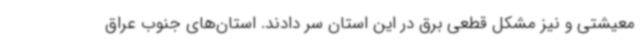
معیشتی و نیز مشکل قطعی برق در این استان سر دادند. استان‌های جنوب عراق